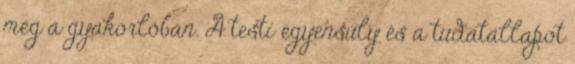
meg a gyakorlóban. A testi egyensúly és a tudatállapot